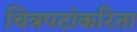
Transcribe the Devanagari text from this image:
चित्रपटांकरिता